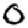
Digit: 0